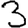
Digit: 3